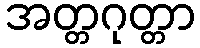
အတ္တဂုတ္တာ